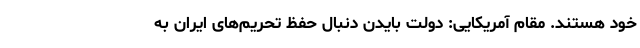
خود هستند. مقام آمریکایی: دولت بایدن دنبال حفظ تحریم‌های ایران به